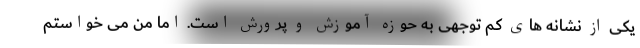
یکی از نشانه های کم توجهی به حوزه آموزش و پرورش است. اما من می خواستم